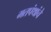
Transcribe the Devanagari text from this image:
मतपंथांचे